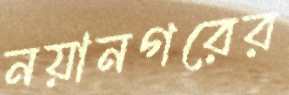
নয়ানগরের